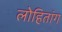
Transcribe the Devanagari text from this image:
लोहितांग